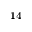
_ { 1 4 }